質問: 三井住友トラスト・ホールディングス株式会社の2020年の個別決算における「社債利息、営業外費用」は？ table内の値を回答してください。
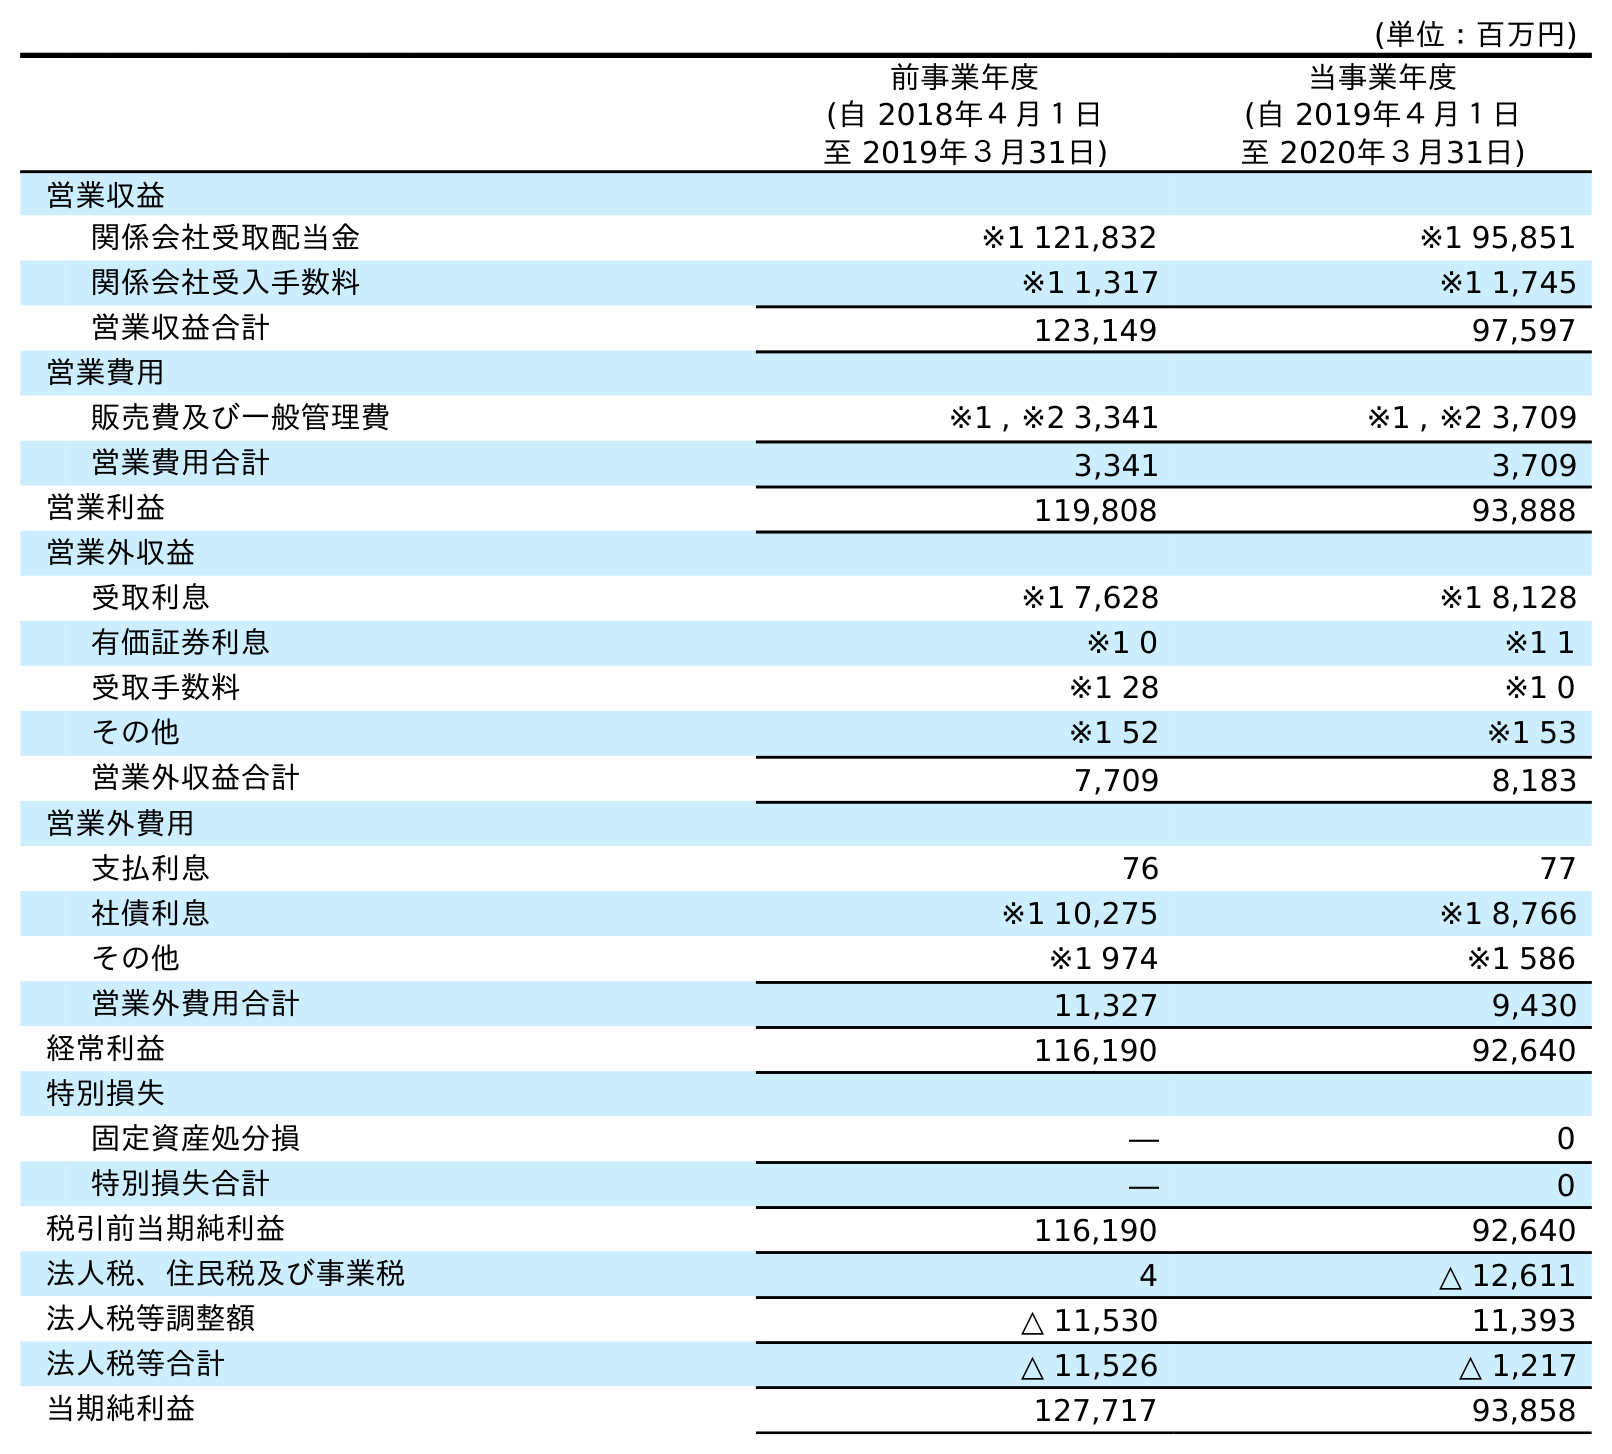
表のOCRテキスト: (単位：百万円) 前事業年度 (自 2018年４月１日 至 2019年３月31日) 当事業年度 (自 2019年４月１日 至 2020年３月31日) 営業収益 関係会社受取配当金 ※1 121,832 ※1 95,851 関係会社受入手数料 ※1 1,317 ※1 1,745 営業収益合計 123,149 97,597 営業費用 販売費及び一般管理費 ※1 , ※2 3,341 ※1 , ※2 3,709 営業費用合計 3,341 3,709 営業利益 119,808 93,888 営業外収益 受取利息 ※1 7,628 ※1 8,128 有価証券利息 ※1 0 ※1 1 受取手数料 ※1 28 ※1 0 その他 ※1 52 ※1 53 営業外収益合計 7,709 8,183 営業外費用 支払利息 76 77 社債利息 ※1 10,275 ※1 8,766 その他 ※1 974 ※1 586 営業外費用合計 11,327 9,430 経常利益 116,190 92,640 特別損失 固定資産処分損 ― 0 特別損失合計 ― 0 税引前当期純利益 116,190 92,640 法人税、住民税及び事業税 4 △ 12,611 法人税等調整額 △ 11,530 11,393 法人税等合計 △ 11,526 △ 1,217 当期純利益 127,717 93,858
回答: ※18,766